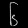
Digit: ၆